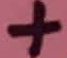
Text: +